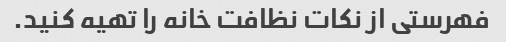
فهرستی از نکات نظافت خانه را تهیه کنید.